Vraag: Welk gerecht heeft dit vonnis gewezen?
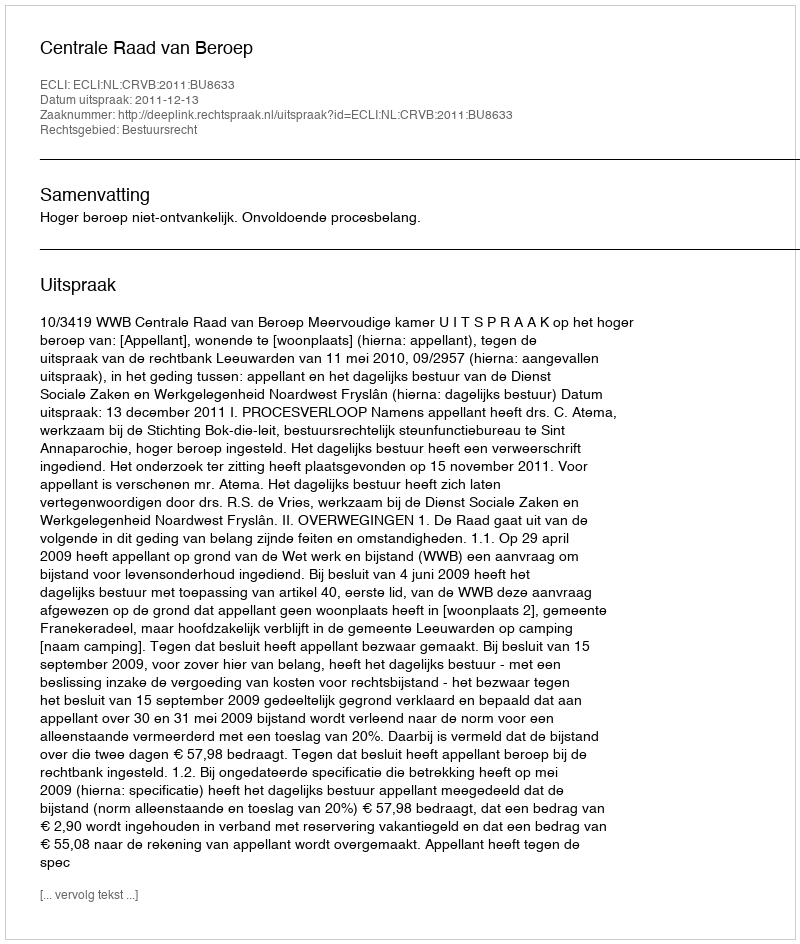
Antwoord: Centrale Raad van Beroep